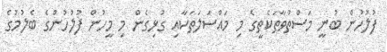
ފުލުހުން ބުނީ މަސްތުވާތަކެތީގެ މި މައްސަލަތަކާއި ގުޅިގެން މި މީހުން ފުލުހުންގެ ބެލުމުގެ